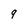
Character: 9